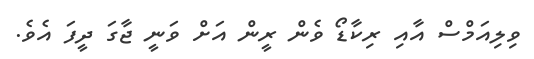
ވިލިއަމްސް އާއި ރިކާޑޯ ވެން ރީން އަށް ވަނީ ޖާގަ ދީފަ އެވެ.